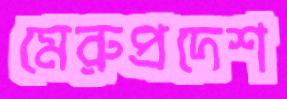
মেরুপ্রদেশ